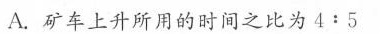
A.矿车上升所用的时间之比为4﹔5